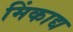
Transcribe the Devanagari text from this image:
मिंकाद्य